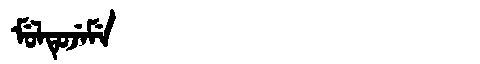
Manchu: ᠮᡠᠯᡨᡠᠵᡝᠮᡝ
Romanization: MULTUJEME